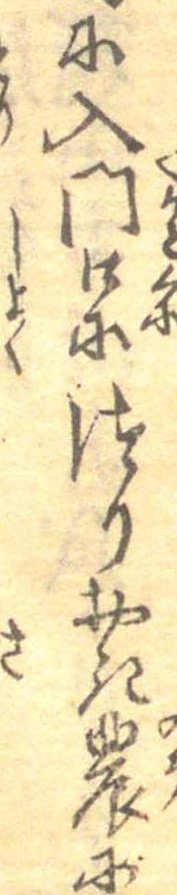
に入門口につりおき農に